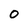
Character: 0